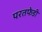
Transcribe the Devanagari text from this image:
परतफेडी